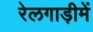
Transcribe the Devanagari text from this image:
रेलगाड़ीमें